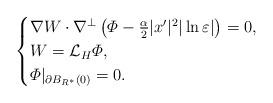
LaTeX: \begin{align*}\begin{cases}\nabla W\cdot \nabla^\perp \left( \varPhi-\frac{\alpha}{2}|x'|^2|\ln\varepsilon|\right) =0,\\W=\mathcal{L}_H\varPhi,\\\varPhi|_{\partial B_{R^*}(0)}=0.\end{cases}\end{align*}